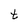
Character: t